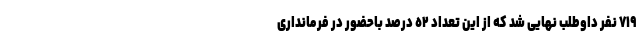
٧١٩ نفر داوطلب نهایی شد که از این تعداد ٥٢ درصد باحضور در فرمانداری